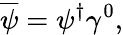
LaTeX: {\overline{{\psi}}}=\psi^{\dagger}\gamma^{0},